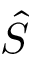
\hat { S }